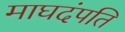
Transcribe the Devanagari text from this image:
माघदंपति